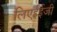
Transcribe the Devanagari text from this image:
लिएईईजी